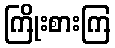
ကြိုးစားကြ